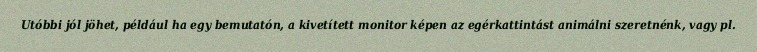
Utóbbi jól jöhet, például ha egy bemutatón, a kivetített monitor képen az egérkattintást animálni szeretnénk, vagy pl.